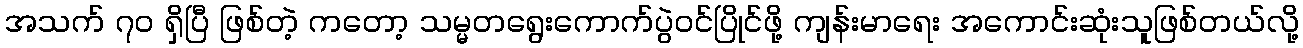
အသက် ၇၀ ရှိပြီ ဖြစ်တဲ့ ကတော့ သမ္မတရွေးကောက်ပွဲဝင်ပြိုင်ဖို့ ကျန်းမာရေး အကောင်းဆုံးသူဖြစ်တယ်လို့